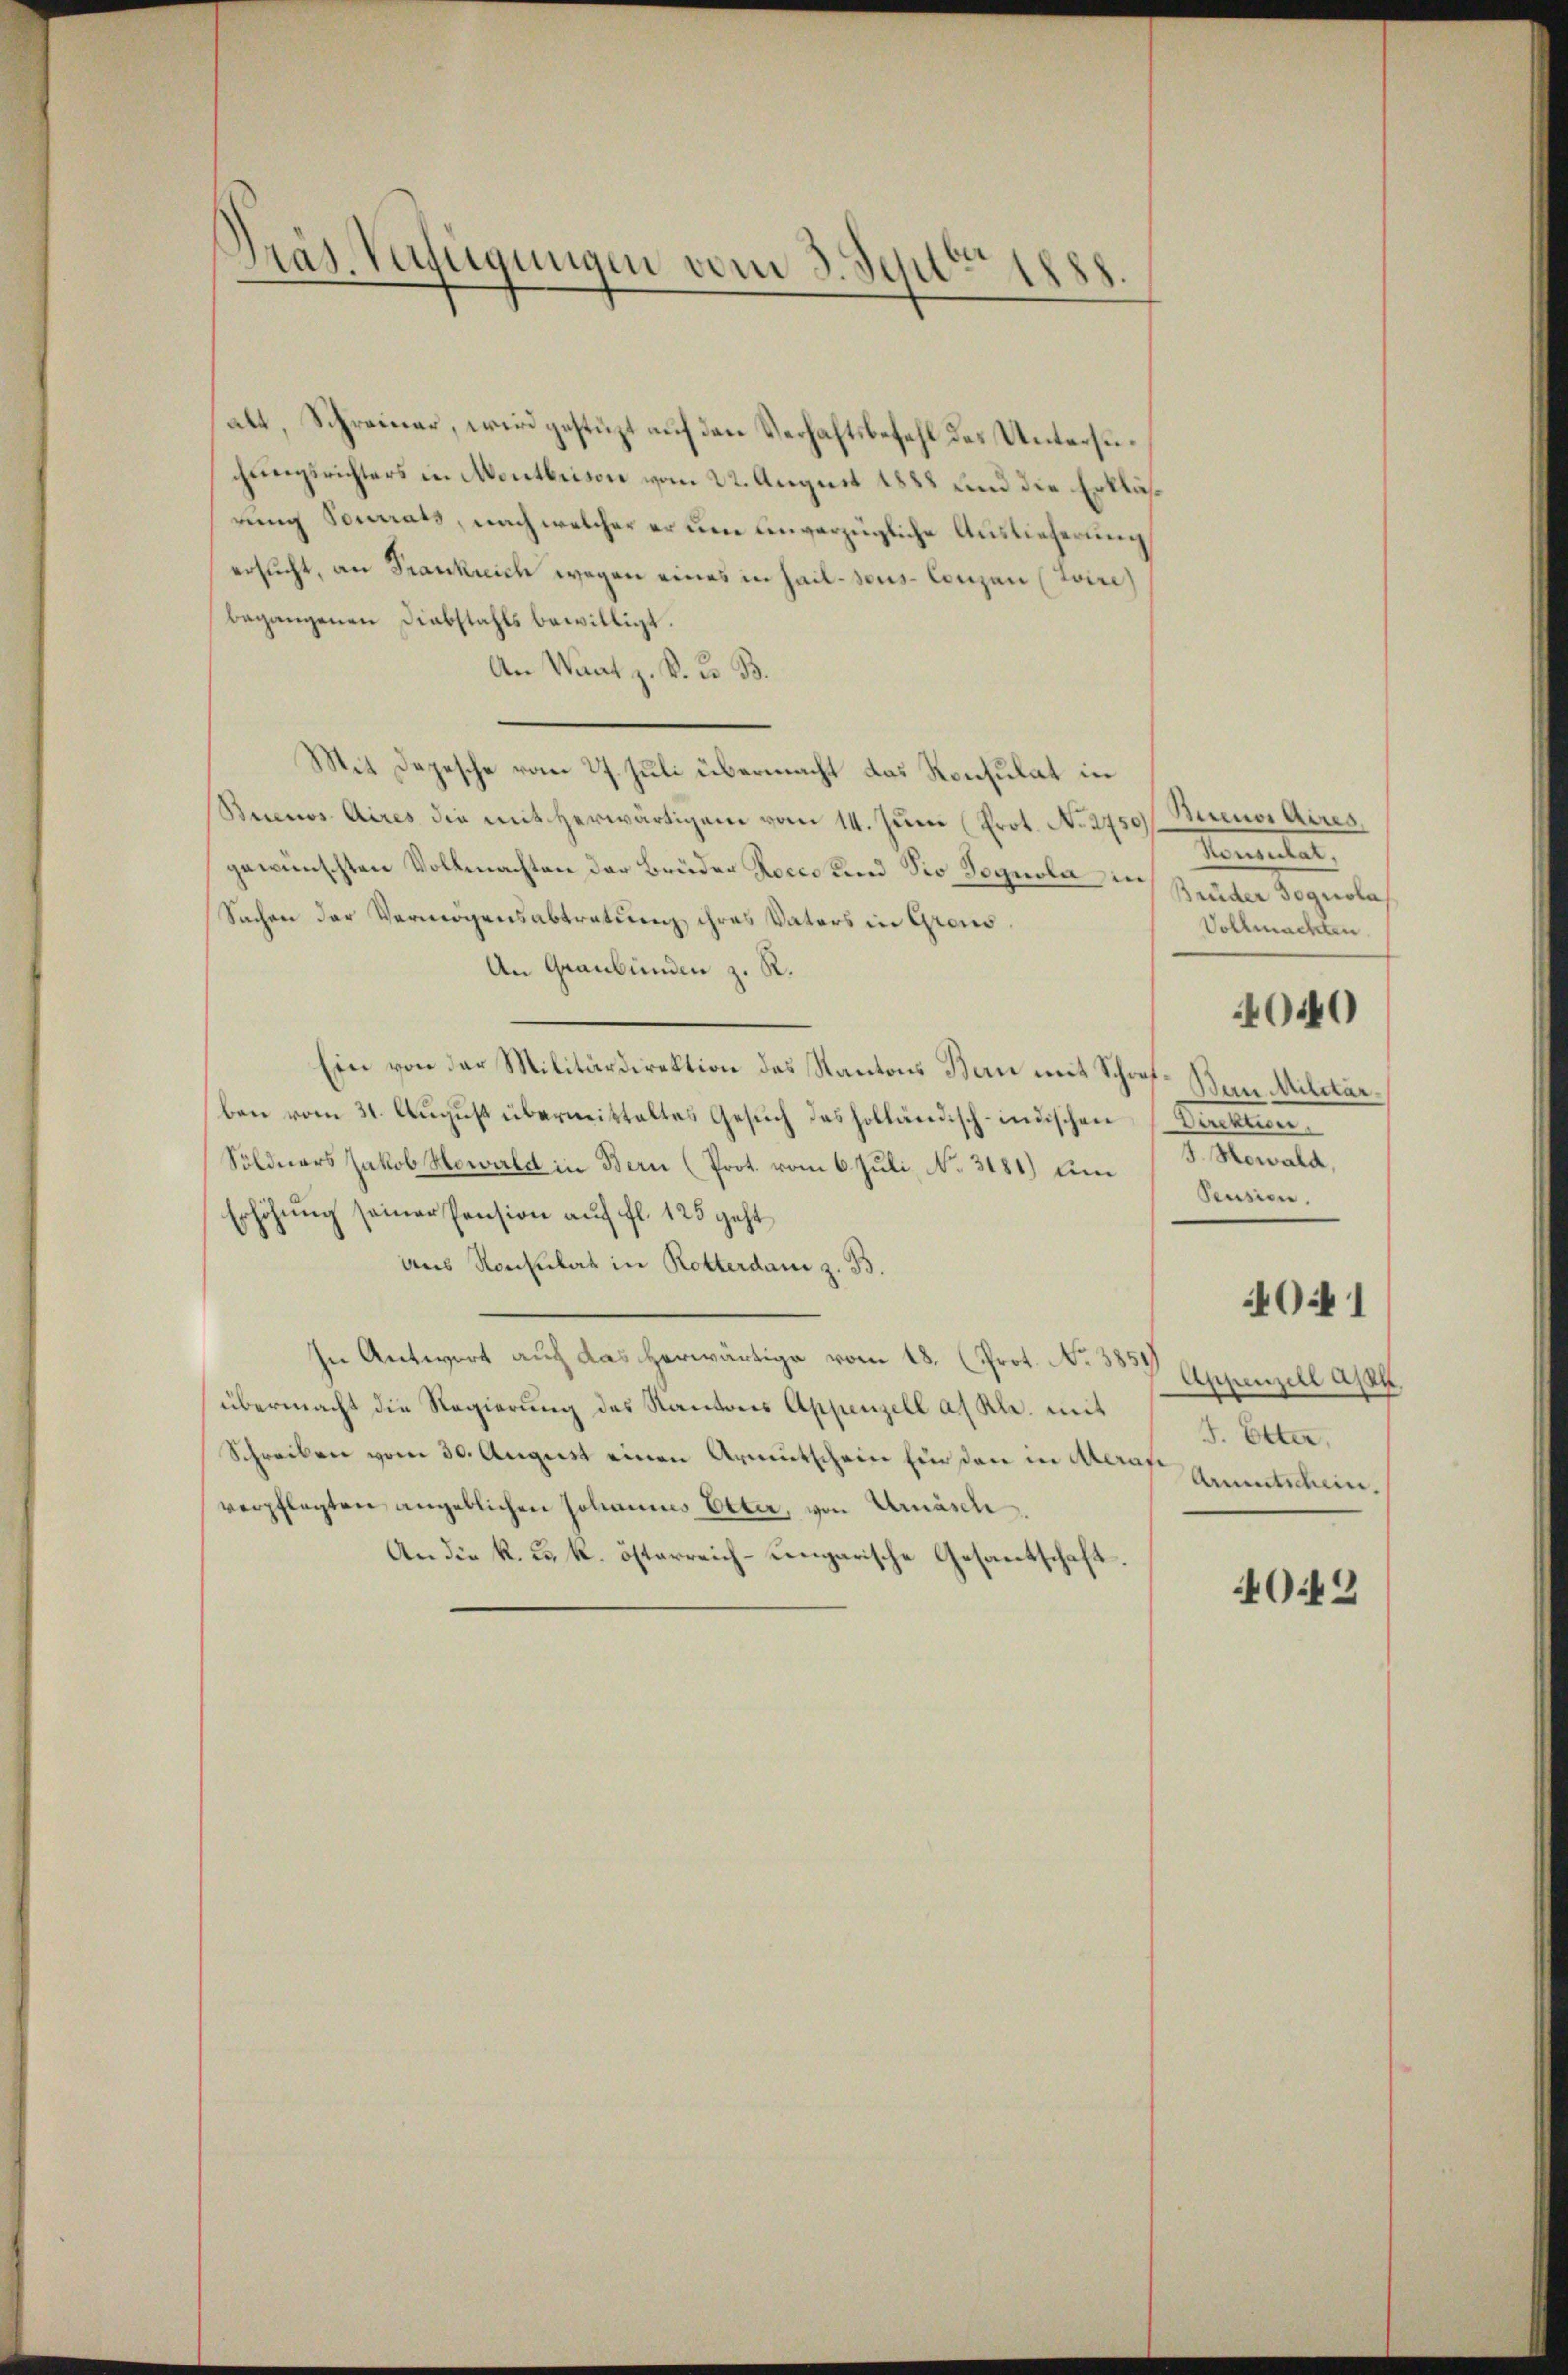
Pras. Verfügungen vom 3. Sept. 1888.

alt, Schreiner, wird gestüzt auf den Verhaftsbefehl des Untersuchungsrichters in Montbrison vom 22. August 1888 und die Erkläsrung Fourrats, nach welcher er den einverzügliche Auslieferung
ersucht, an Frankreich wegen eines in Hail- sons-Conzen (Zoire
begangenen Diebstahls bewilligt.
An Wart z. K. K. B.
Mit Depesche vom 27. Juli übermacht das Konsulat in
Buenos Aires die mit herwärtigen vom 14. Juni (Prot. No. 273 Annulat,
gewünschten Vollmachten der Brüder Roces und Sio Segnola in Bruder Dognolas
Sachen der Vermögensabtratung ihres Vaters in Grons
An Graubünden z. R.
Ein von der Militärdirektion des Kantons Bern mit Schrof- Zum Militär.
ben vom 31. August übermittaltes Gesuch des holländisch-indischen Direktion
Söldners Jakob Howald in Bern (Prot. vom 6. Juli, No. 3181) um 3. Nowald,
Erhöhung seiner Pension auf fl. 125 geht
aus Konsulat in Rotterdam z. B.
In Antwort auf das herwärtige vom 18. (Prot. No 3851
übermacht die Regierung des Kantons Appenzell a. Rh. mit
Schreiben vom 30. August einen Armutschein Ein den in Auf Annntscheinverpflegten angeblichen Johannes Elter, von Urnäsch
An die k. k. k. österreich-ungarische Gesantschaft

Buenos Aires.
Vollmachten

040

Pension.
4041
Appenzell Appe
J. Etter,

4042